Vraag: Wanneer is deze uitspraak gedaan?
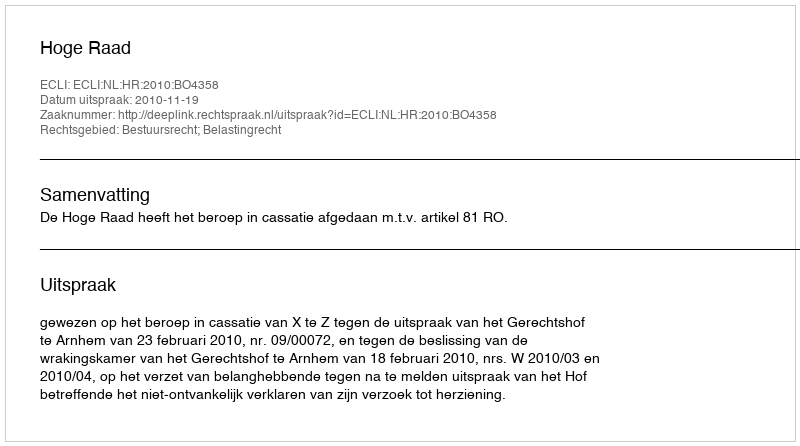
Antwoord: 2010-11-19